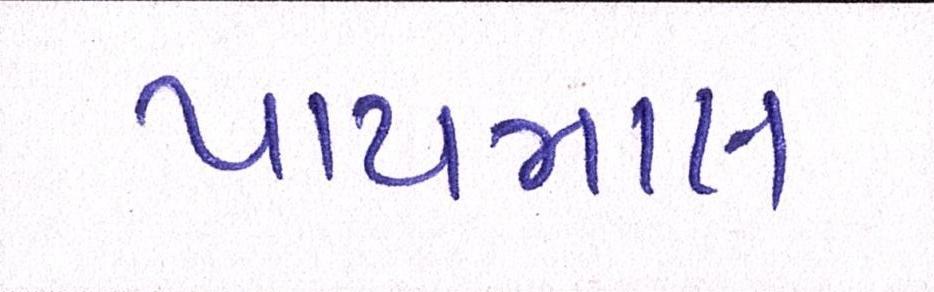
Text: પાયમાલ